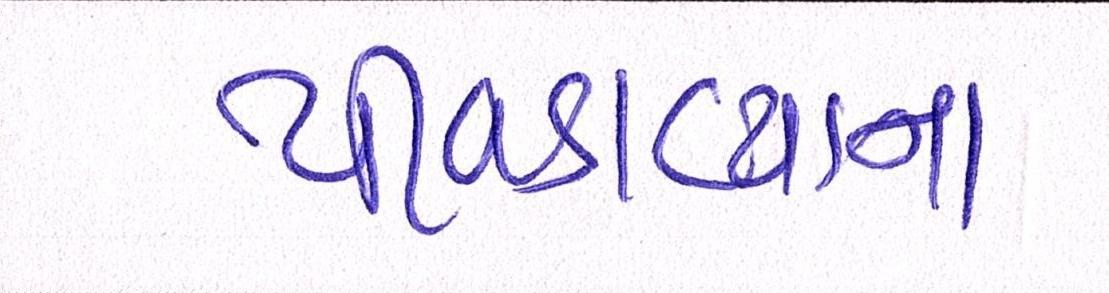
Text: પીવડાવ્યાના